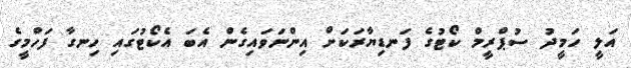
އަލީ ހަމީދު ސުޕްރީމް ކޯޓުގެ ފަނޑިޔާރަކަށް އިންނަވައިގެން އެބަ އެކޯޓުގައި ހިނގާ ފަހްމީގެ